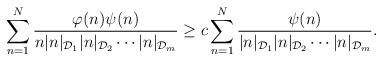
LaTeX: \begin{align*} \sum_{n=1}^N \frac{\varphi(n)\psi(n)}{n|{n}|_{\mathcal{D}_1}|{n}|_{\mathcal{D}_2}\cdots |n|_{\mathcal{D}_m}}\geq c \sum_{n=1}^N\frac{\psi(n)}{|n|_{\mathcal{D}_1}|n|_{\mathcal{D}_2}\cdots |n|_{\mathcal{D}_m}}.\end{align*}